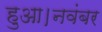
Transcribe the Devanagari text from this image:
हुआ।नवंबर